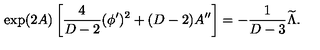
\exp ( 2 A ) \left[ { \frac { 4 } { D - 2 } } ( \phi ^ { \prime } ) ^ { 2 } + ( D - 2 ) A ^ { \prime \prime } \right] = - { \frac { 1 } { D - 3 } } { \widetilde \Lambda } .